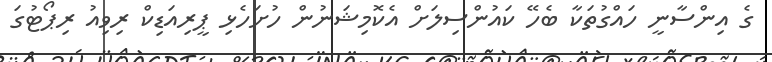
ގެ އިންސާނީ ހައްގުތަކާ ބެހޭ ކައުންސިލަށް އެކޮމިޝަނުން ހުށަހެޅި ޕީރިއަޑިކް ރިވިއު ރިޕޯޓުގަ